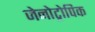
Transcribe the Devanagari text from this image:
जेनोट्रोपिक